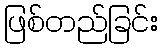
ဖြစ်တည်ခြင်း